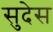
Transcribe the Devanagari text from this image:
सुदेस